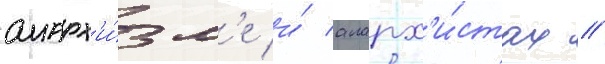
анарх'и́зм'е и́ анарх'и́стах //